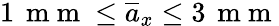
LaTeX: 1\, \mathrm{~m~m~}\le\overline{{a}}_{x}\le 3\, \mathrm{~m~m~}